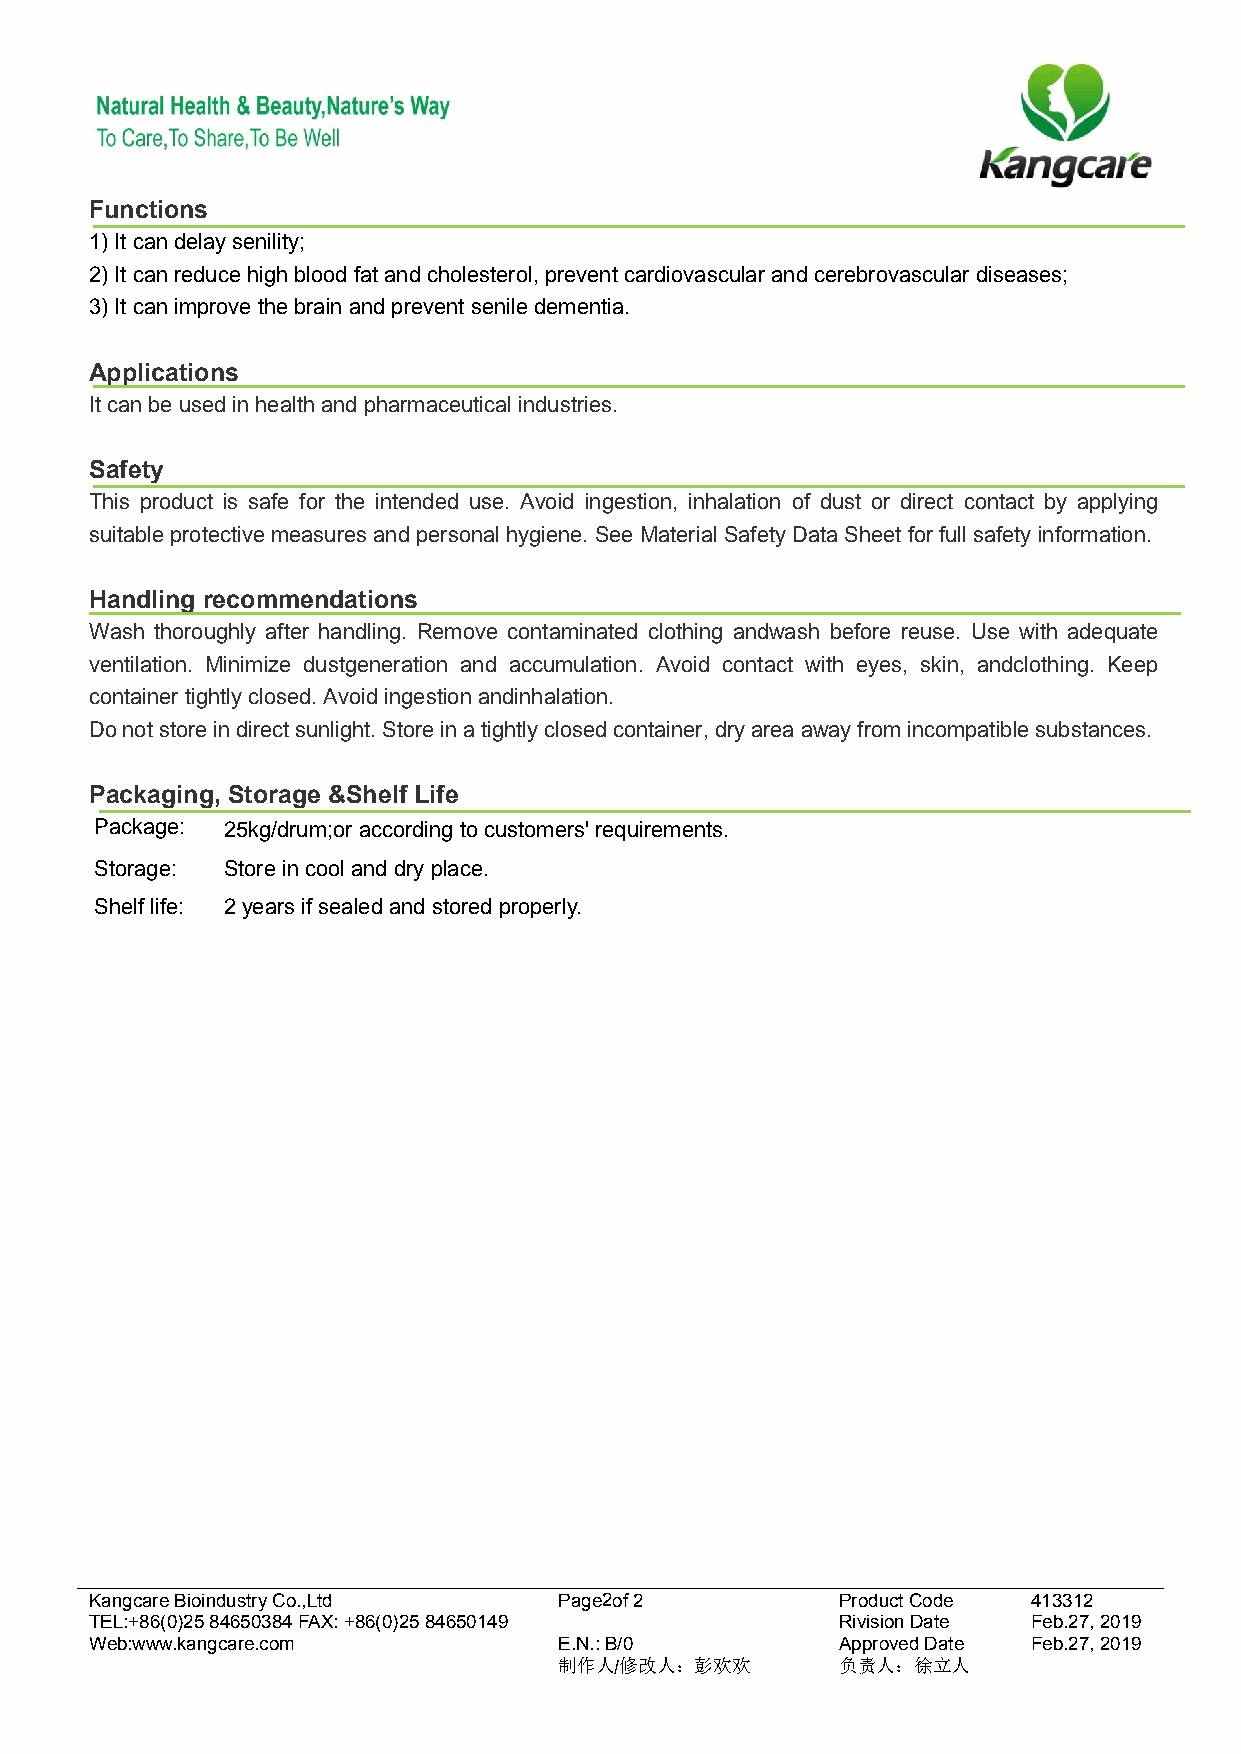
Functions
 1) Itcandelaysenility;
 2) Itcanreducehighblood fatand cholesterol,prevent cardiovascular andcerebrovascular diseases;
 3) Itcanimprovethe brain andprevent senile dementia.
 Applications
 Itcanbe usedin healthand pharmaceutical industries.
 Safety
 This product is safe for the intended use. Avoid ingestion, inhalation of dust or direct contact by applying
 suitableprotective measuresand personalhygiene. See MaterialSafety Data Sheetforfullsafety information.
 Handling recommendations
 Wash thoroughly after handling. Remove contaminated clothing andwash before reuse. Use with adequate
 ventilation. Minimize dustgeneration and accumulation. Avoid contact with eyes, skin, andclothing. Keep
 container tightly closed.Avoidingestion andinhalation.
 Donotstoreindirectsunlight.Storeinatightlyclosedcontainer,dryareaawayfromincompatiblesubstances.
 Packaging, Storage &Shelf Life
 Package: 25kg/drum;or accordingto customers'requirements.
 Storage: Storein cooland dry place.
 Shelflife: 2yearsifsealedand storedproperly.
 KangcareBioindustryCo.,Ltd     Page2of2          ProductCode  413312
 TEL:+86(0)2584650384FAX:+86(0)2584650149         RivisionDate Feb.27,2019
 Web:www.kangcare.com           E.N.:B/0          ApprovedDate Feb.27,2019
 制作人/修改人：彭欢欢       负责人：徐立人